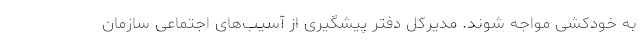
به خودکشی مواجه شوند. مدیرکل دفتر پیشگیری از آسیب‌های اجتماعی سازمان